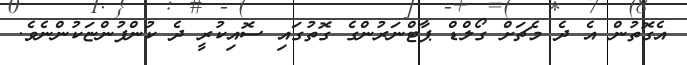
އެގޮތުން އެ ދެ މެޗަށް ގޯލްޑް ޕާޓްނަރުންގެ ގޮތުގައި ސޮއިކުރީ ދެ ކުންފުންޏަކުންނެވެ.